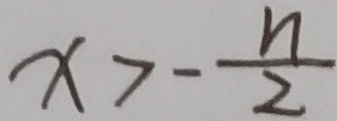
x > - \frac { n } { 2 }